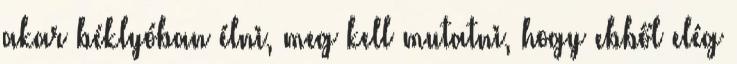
akar béklyóban élni, meg kell mutatni, hogy ebből elég